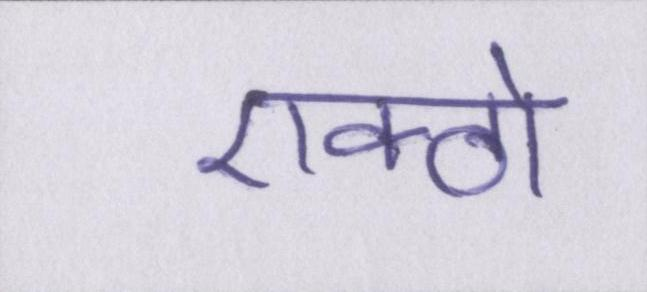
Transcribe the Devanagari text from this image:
एक्ठो